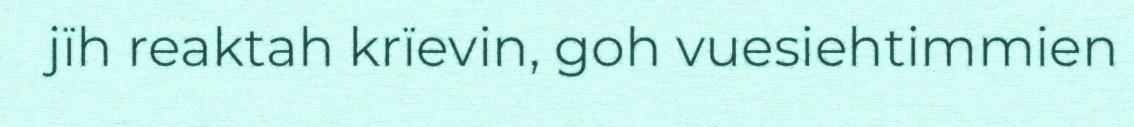
jïh reaktah krïevin, goh vuesiehtimmien